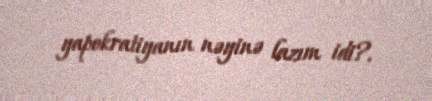
yapokratiyanın nəyinə lazım idi?.